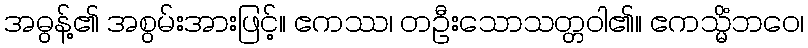
အဓွန့်၏ အစွမ်းအားဖြင့်။ ဧကဿ၊ တဦးသောသတ္တဝါ၏။ ဧကသ္မိံဘဝေ၊